Report on malaria in the Punjab during the year ...  together with an account of the work of the Punjab Malaria Bureau - Volume 4
Disease focus: Malaria
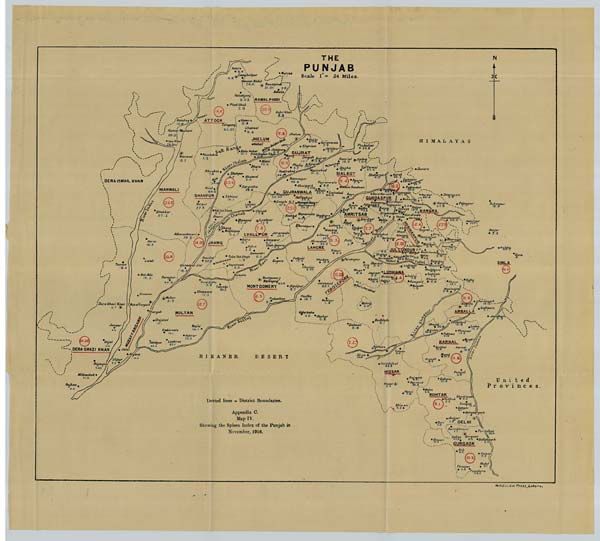
Mufid-i-Am Press, Lahore.